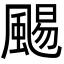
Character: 𩗺